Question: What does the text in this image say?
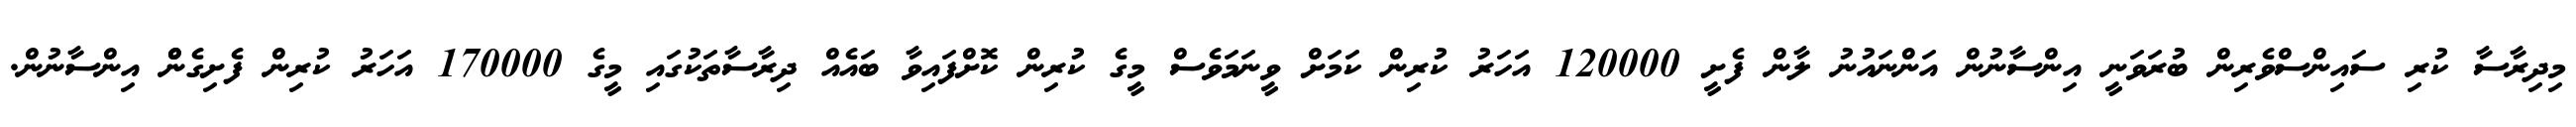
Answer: މިދިރާސާ ކުރި ސައިންސްވެރިން ބުރަވަނީ އިންސާނުން އަންނައުނު ލާން ފެށީ 120000 އަހަރު ކުރިން ކަމަށް ވީނަމަވެސް މީގެ ކުރިން ކޮށްފައިވާ ބައެއް ދިރާސާތަކުގައި މީގެ 170000 އަހަރު ކުރިން ފެށިގެންް އިންސާނުން.